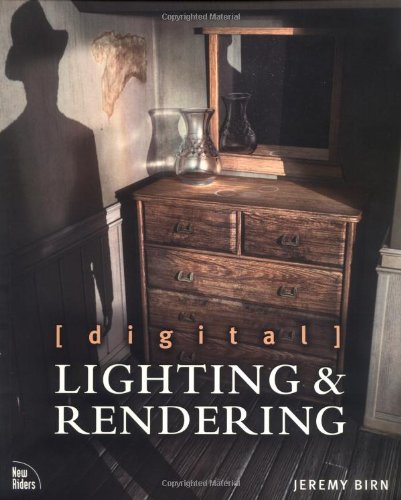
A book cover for Digital Lighting & Rendering; Jeremy Birn; Computers & Technology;